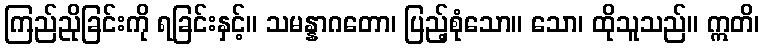
ကြည်ညိုခြင်းကို ရခြင်းနှင့်။ သမန္နာဂတော၊ ပြည့်စုံသော။ သော၊ ထိုသူသည်။ ဣတိ၊